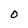
Character: O